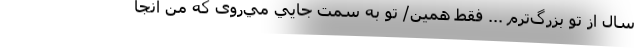
سال از تو بزرگ‌ترم ... فقط همين/ تو به سمت جايي مي‌روی كه من آنجا